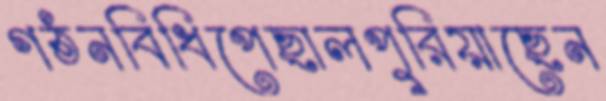
গঠনবিধিপেছালপুরিয়াছেন